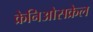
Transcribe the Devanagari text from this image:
क्रेनिओसक्रेल